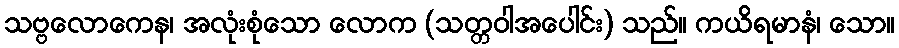
သဗ္ဗလောကေန၊ အလုံးစုံသော လောက (သတ္တဝါအပေါင်း) သည်။ ကယိရမာနံ၊ သော။